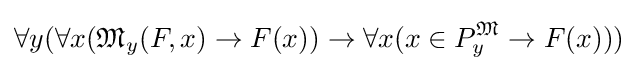
\forall y(\forall x({\mathfrak {M}}_{y}(F,x)\rightarrow F(x))\rightarrow \forall x(x\in P_{y}^{\mathfrak {M}}\rightarrow F(x)))